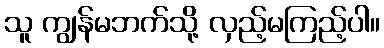
သူ ကျွန်မဘက်သို့ လှည့်မကြည့်ပါ။